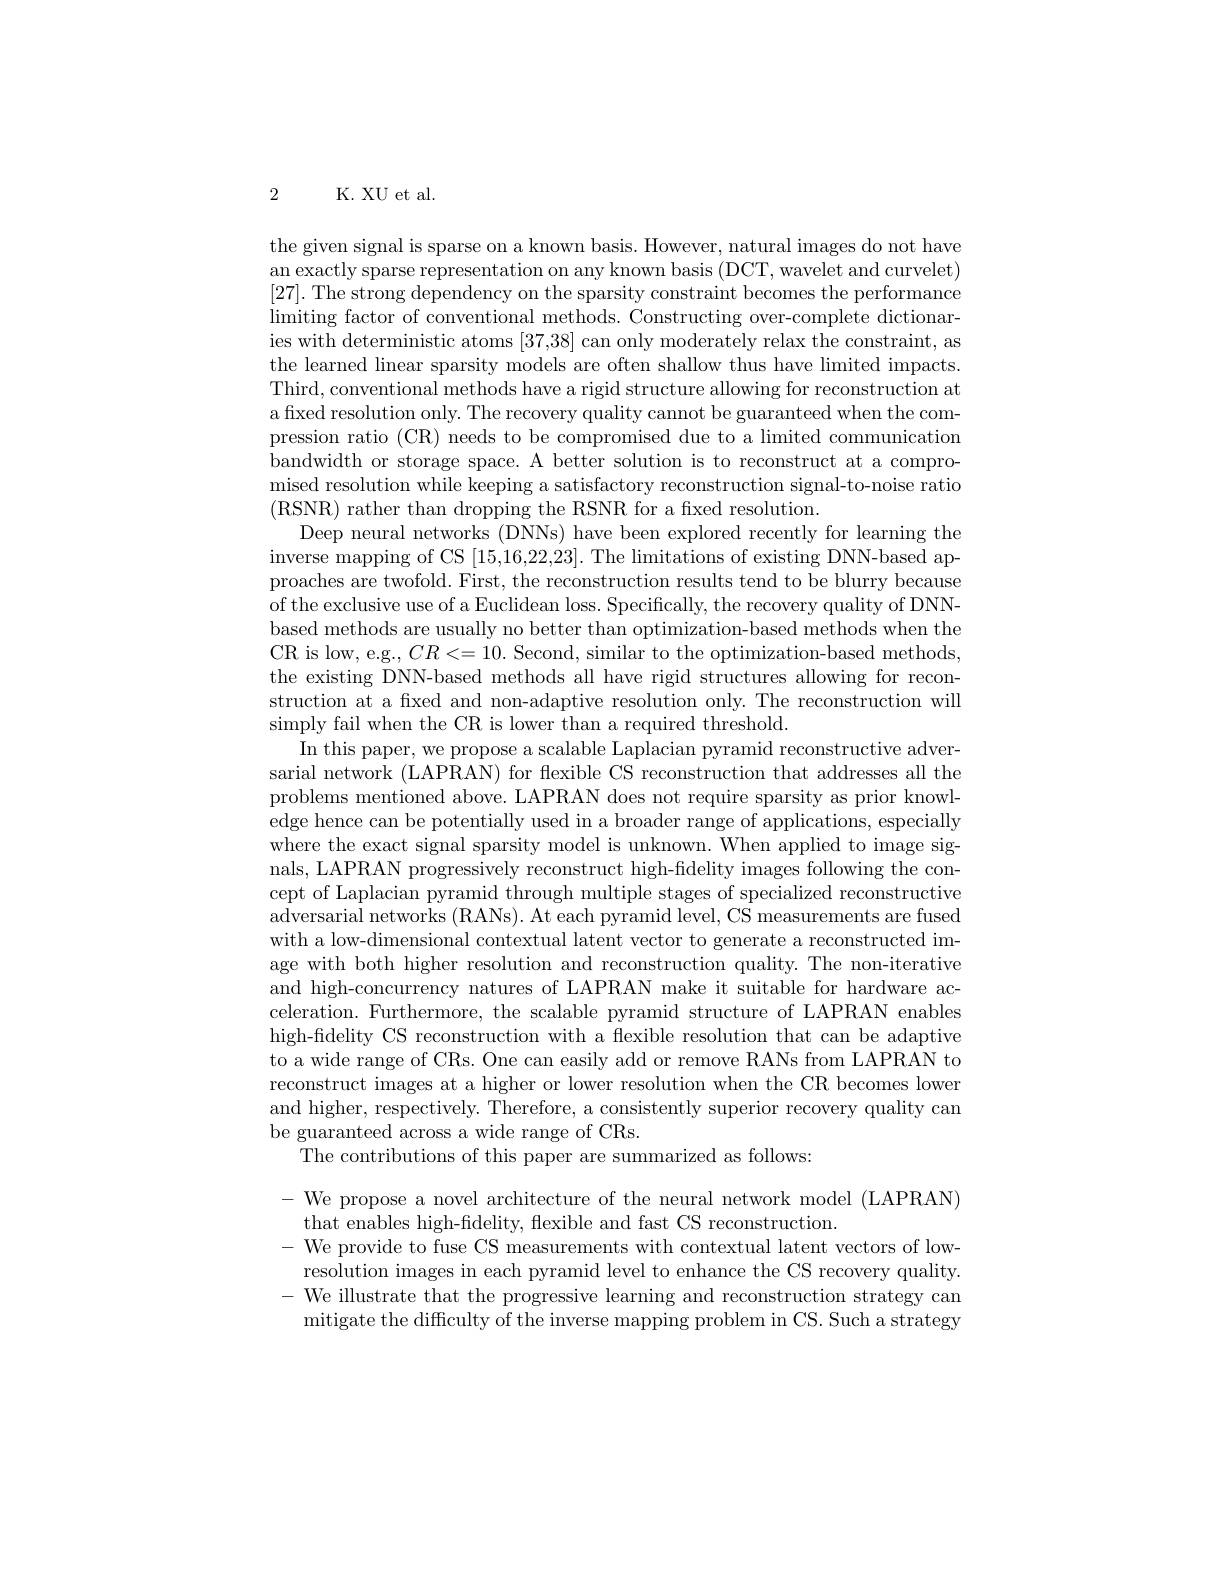
2 K. XU et al.

the given signal is sparse on a known basis. However, natural images do not have an exactly sparse representation on any known basis (DCT, wavelet and curvelet) [27]. The strong dependency on the sparsity constraint becomes the performance limiting factor of conventional methods. Constructing over-complete dictionaries with deterministic atoms [37,38] can only moderately relax the constraint, as the learned linear sparsity models are often shallow thus have limited impacts. Third, conventional methods have a rigid structure allowing for reconstruction at a fixed resolution only. The recovery quality cannot be guaranteed when the compression ratio (CR) needs to be compromised due to a limited communication bandwidth or storage space. A better solution is to reconstruct at a compromised resolution while keeping a satisfactory reconstruction signal-to-noise ratio (RSNR) rather than dropping the RSNR for a fixed resolution.
Deep neural networks (DNNs) have been explored recently for learning the inverse mapping of CS [15,16,22,23]. The limitations of existing DNN-based approaches are twofold. First, the reconstruction results tend to be blurry because of the exclusive use of a Euclidean loss. Specifically, the recovery quality of DNNbased methods are usually no better than optimization-based methods when the CR is low, e.g., $CR<=10.$ Second, similar to the optimization-based methods, the existing DNN-based methods all have rigid structures allowing for reconstruction at a fixed and non-adaptive resolution only. The reconstruction will simply fail when the CR is lower than a required threshold.
In this paper, we propose a scalable Laplacian pyramid reconstructive adversarial network (LAPRAN) for flexible CS reconstruction that addresses all the problems mentioned above. LAPRAN does not require sparsity as prior knowledge hence can be potentially used in a broader range of applications, especially where the exact signal sparsity model is unknown. When applied to image signals, LAPRAN progressively reconstruct high-fidelity images following the concept of Laplacian pyramid through multiple stages of specialized reconstructive adversarial networks (RANs). At each pyramid level, CS measurements are fused with a low-dimensional contextual latent vector to generate a reconstructed image with both higher resolution and reconstruction quality. The non-iterative and high-concurrency natures of LAPRAN make it suitable for hardware acceleration. Furthermore, the scalable pyramid structure of LAPRAN enables high-fidelity CS reconstruction with a flexible resolution that can be adaptive to a wide range of CRs. One can easily add or remove RANs from LAPRAN to reconstruct images at a higher or lower resolution when the CR becomes lower and higher, respectively. Therefore, a consistently superior recovery quality can be guaranteed across a wide range of CRs.
The contributions of this paper are summarized as follows:

- We propose a novel architecture of the neural network model (LAPRAN)
that enables high-fidelity, flexible and fast CS reconstruction.
- We provide to fuse CS measurements with contextual latent vectors of low-
resolution images in each pyramid level to enhance the CS recovery quality. - We illustrate that the progressive learning and reconstruction strategy can
mitigate the difficulty of the inverse mapping problem in CS. Such a strategy